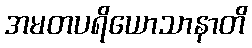
အမတပရိယောသာနာတိ